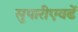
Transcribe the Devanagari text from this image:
सुपारीएवढें